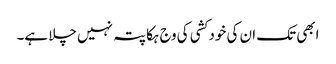
ابھی تک ان کی خود کشی کی وج ہکا پتہ نہیں چلا ہے۔